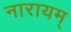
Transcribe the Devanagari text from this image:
नारायम्